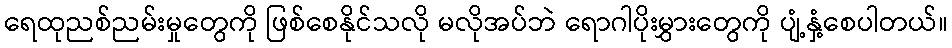
ရေထုညစ်ညမ်းမှုတွေကို ဖြစ်စေနိုင်သလို မလိုအပ်ဘဲ ရောဂါပိုးမွှားတွေကို ပျံ့နှံ့စေပါတယ်။